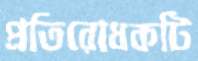
প্রতিরোধকটি